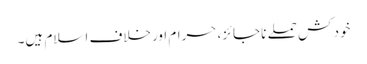
خود کش حملے ناجائز، حرام اورخلاف اسلام ہیں۔